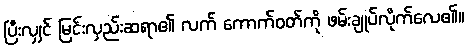
ပြီးလျှင် မြင်းလှည်းဆရာ၏ လက် ကောက်ဝတ်ကို ဖမ်းချုပ်လိုက်လေ၏။